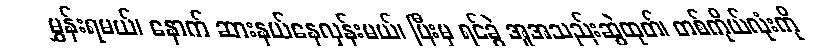
မွှန်းရမယ်၊ နောက် ဆားနယ်နေလှန်းမယ်၊ ပြီးမှ ရင်ခွဲ အူအသည်းဆွဲထုတ်၊ တစ်ကိုယ်လုံးကို